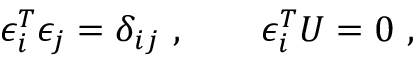
\epsilon _ { i } ^ { T } \epsilon _ { j } = \delta _ { i j } \ , \qquad \epsilon _ { i } ^ { T } U = 0 \ ,